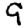
Digit: 9